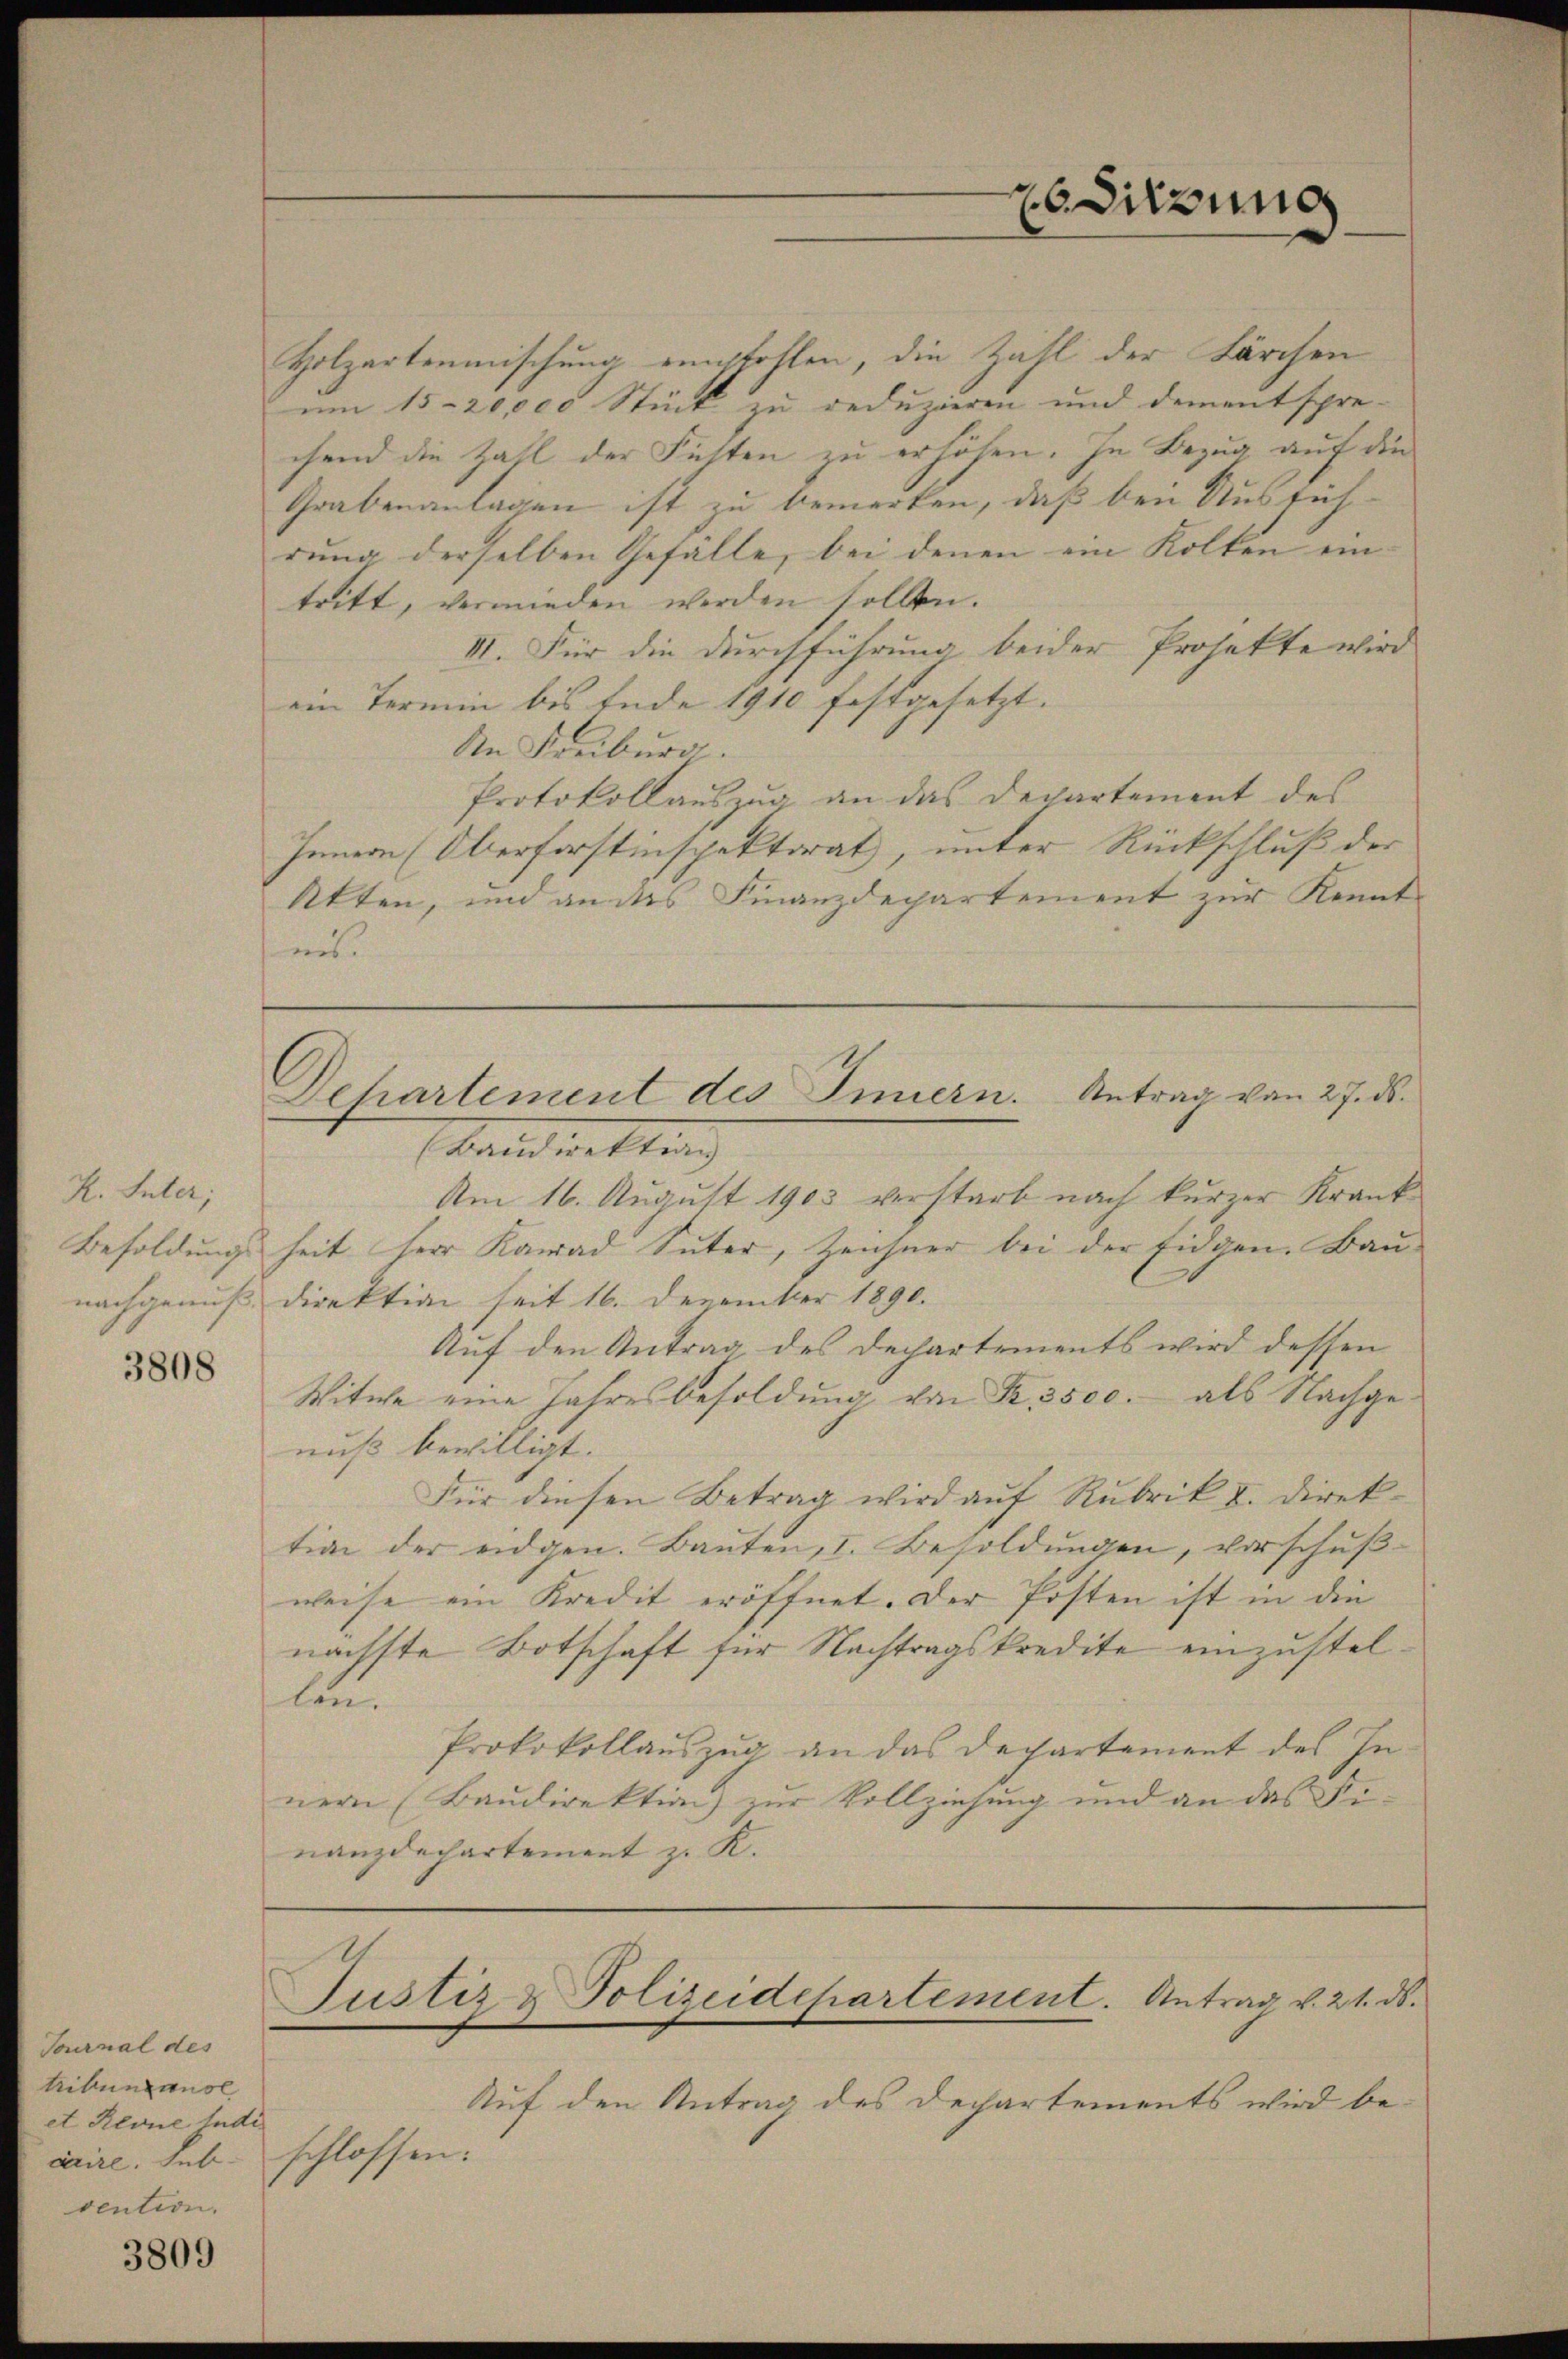
K. Inter;

3808

Tournal des
tribung ausl
et Revue judi
caire. Sub-
vention.

3809

Departement des Innern. Antrag von 27. ds.

Holzartenmischung empfohlen, die Zahl der Lärchen
um 15-20,000 Stück zu reduzieren und dementspre-
chend die Zahl der Fichten zu erhöhen. In Bezug auf die
Grabenanlagen ist zu bemerken, daß bei Ausfüh-
rung derselben Gefälle, bei denen ein Kollen ein- |
tritt, vermieden werden sollen.
III. Für die durchführung beider Projekte wird
ein Termin bis Ende 1910 festgesetzt.
An Freiburg.
Protokollauszug an das Departement des
Innern (Oberforstinspektorat, unter Rückschluß der
Akten, und an das Finanzdepartement zur Kennt
ins.
bald weltlich
Am 16. August 1903 verstarb nach kurzer Krank¬
Besoldungsheit herr Kanad Suter, Zeichner bei der Eidgen. Bau
nachgenuß Direktion seit 16. Dezember 1890.
Auf den Antrag des Departements wird dessen
Witwe eine Jahresbesoldung von R. 3500.- als Nachgenuß bewilligt.
Für diesen Betrag wird auf Rubrik I. Direktion der eidgen. Baŭten, I. Besoldŭngen, vorschŭβ-
weise ein Kredit eröffnet. Der Posten ist in die
nächste Botschaft für Nachtragskredite einzustellen.
Protokollauszug an das Departement des Innern (Baudirektion) zur Vollziehung und an das Fi-
nanzdechartement zu K.

6Sitzung

Justiz & Polizeidepartement. Antrag v. 21. ds.

Auf den Antrag des Dechartements wird be-
schlossen.